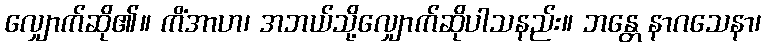
လျှောက်ဆို၏။ ကိံအာဟ၊ အဘယ်သို့လျှောက်ဆိုပါသနည်း။ ဘန္တေ နာဂသေနာ၊